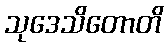
သုဒေသိတောတိ